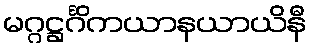
မဂ္ဂဋ္ဌင်္ဂိကယာနယာယိနီ